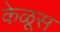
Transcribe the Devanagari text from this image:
केळूस